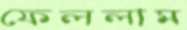
ফেললাম